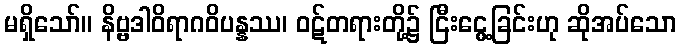
မရှိသော်။ နိဗ္ဗဒါဝိရာဂဝိပန္နဿ၊ ဝဋ်တရားတို့၌ ငြီးငွေ့ခြင်းဟု ဆိုအပ်သော